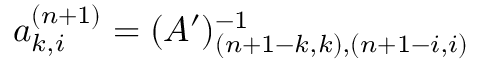
a _ { k , i } ^ { ( n + 1 ) } = ( A ^ { \prime } ) _ { ( n + 1 - k , k ) , ( n + 1 - i , i ) } ^ { - 1 }